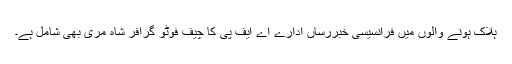
ہلاک ہونے والوں میں فرانسیسی خبررساں ادارے اے ایف پی کا چیف فوٹو گرافر شاہ مری بھی شامل ہے۔